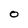
Character: O